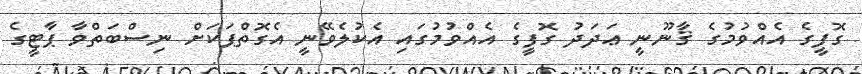
ގޮފީގެ އެއްވުމުގެ ޤާނޫނީ ޢަދަދު ގޮފީގެ އެއްވުމުގައި އެކުލެވޭނީ އެގޮތްޕަކަށް ނިސްބަތްވާ ޕާޓީގެ